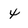
Character: 4